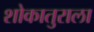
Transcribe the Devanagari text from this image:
शोकातुराला